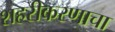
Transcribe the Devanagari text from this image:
शहरीकरणाचा